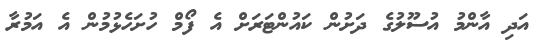
އަދި އާންމު އުސޫލުގެ ދަށުން ކައުންޓަރަށް އެ ފޯމް ހުށަހެޅުމުން އެ އަމުރާ